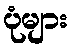
ပုံများ